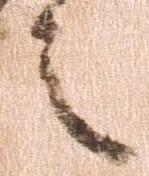
之